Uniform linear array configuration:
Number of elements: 8
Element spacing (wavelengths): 0.25
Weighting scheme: cosine
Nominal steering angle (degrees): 30
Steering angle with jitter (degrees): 30.453
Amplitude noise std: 0.05
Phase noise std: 0.05

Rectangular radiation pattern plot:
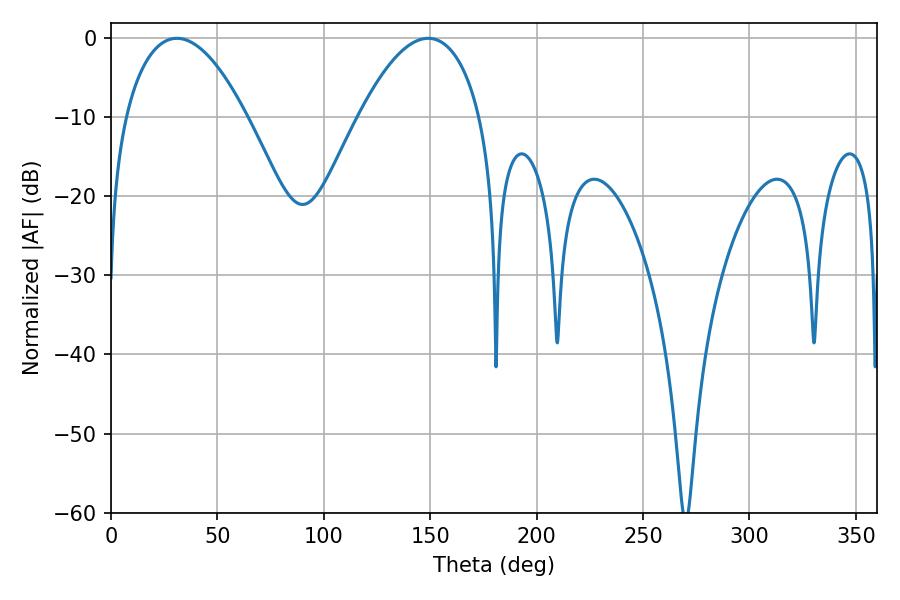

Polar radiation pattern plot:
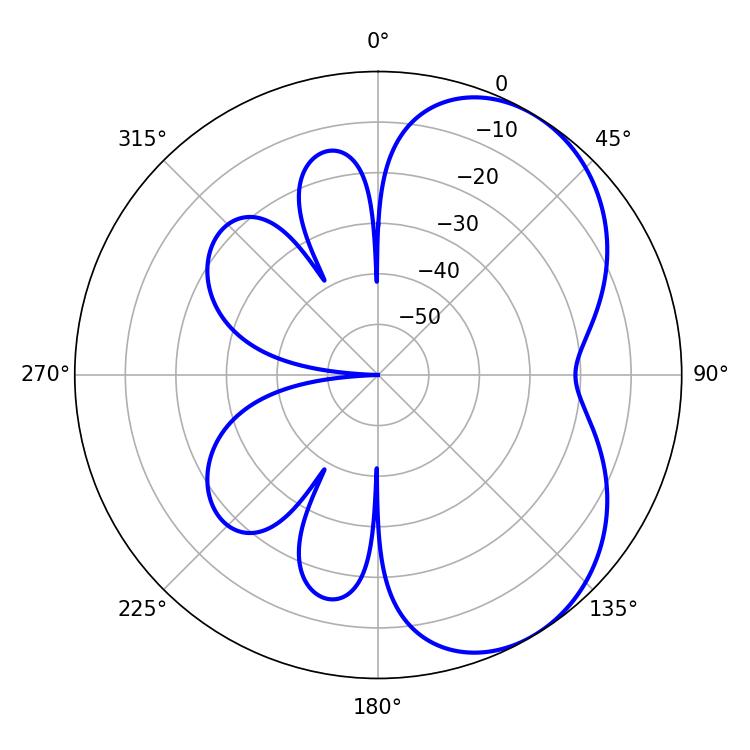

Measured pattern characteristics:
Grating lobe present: FALSE
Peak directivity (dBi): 5.029
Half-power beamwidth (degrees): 31.68
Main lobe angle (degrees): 30.96